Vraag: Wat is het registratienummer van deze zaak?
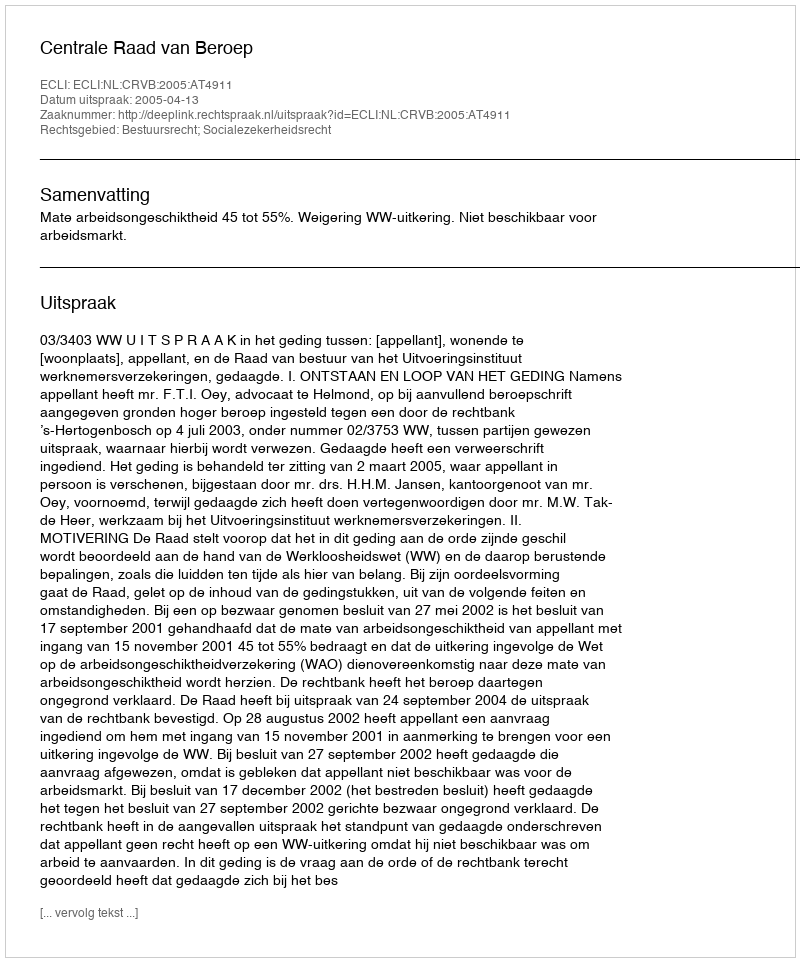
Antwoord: http://deeplink.rechtspraak.nl/uitspraak?id=ECLI:NL:CRVB:2005:AT4911